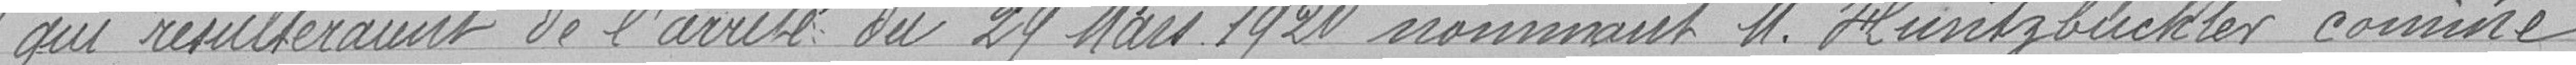
" qui résulteraient de l'arrêté du 29 Mars 1920 nommant Monsieur Huntzbuchler commissaire